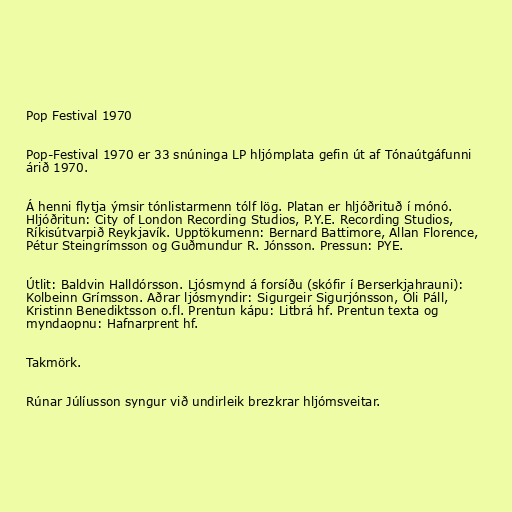
Pop Festival 1970

Pop-Festival 1970 er 33 snúninga LP hljómplata gefin út af Tónaútgáfunni
árið 1970.

Á henni flytja ýmsir tónlistarmenn tólf lög. Platan er hljóðrituð í mónó.
Hljóðritun: City of London Recording Studios, P.Y.E. Recording Studios,
Ríkisútvarpið Reykjavík. Upptökumenn: Bernard Battimore, Allan Florence,
Pétur Steingrímsson og Guðmundur R. Jónsson. Pressun: PYE.

Útlit: Baldvin Halldórsson. Ljósmynd á forsíðu (skófir í Berserkjahrauni):
Kolbeinn Grímsson. Aðrar ljósmyndir: Sigurgeir Sigurjónsson, Óli Páll,
Kristinn Benediktsson o.fl. Prentun kápu: Litbrá hf. Prentun texta og
myndaopnu: Hafnarprent hf.

Takmörk.

Rúnar Júlíusson syngur við undirleik brezkrar hljómsveitar.